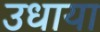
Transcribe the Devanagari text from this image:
उधाया